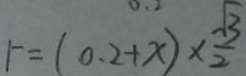
r = ( 0 . 2 + x ) \times \frac { \sqrt { 3 } } { 2 }